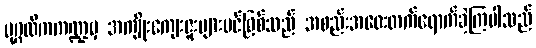
ပုဂ္ဂလိကကဏ္ဍမှ အကျိုးကျေးဇူးများပင်ဖြစ်သည် အစည်းအဝေးတက်ရောက်ခဲ့ကြပါသည်